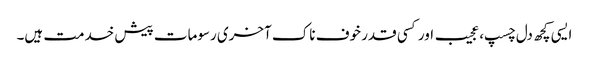
ایسی کچھ دل چسپ، عجیب اور کسی قدر خوف ناک آخری رسومات پیش خدمت ہیں۔